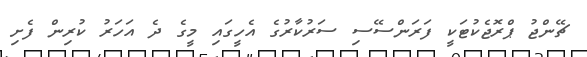
ޗޭންޖު ޕްރޮޖެކުޓަކީ ފަރަންސޭސި ސަރުކާރުގެ އެހީގައި މީގެ ދެ އަހަރު ކުރިން ފެށި